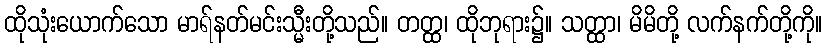
ထိုသုံးယောက်သော မာရ်နတ်မင်းသ္မီးတို့သည်။ တတ္ထ၊ ထိုဘုရား၌။ သတ္ထာ၊ မိမိတို့ လက်နက်တို့ကို။